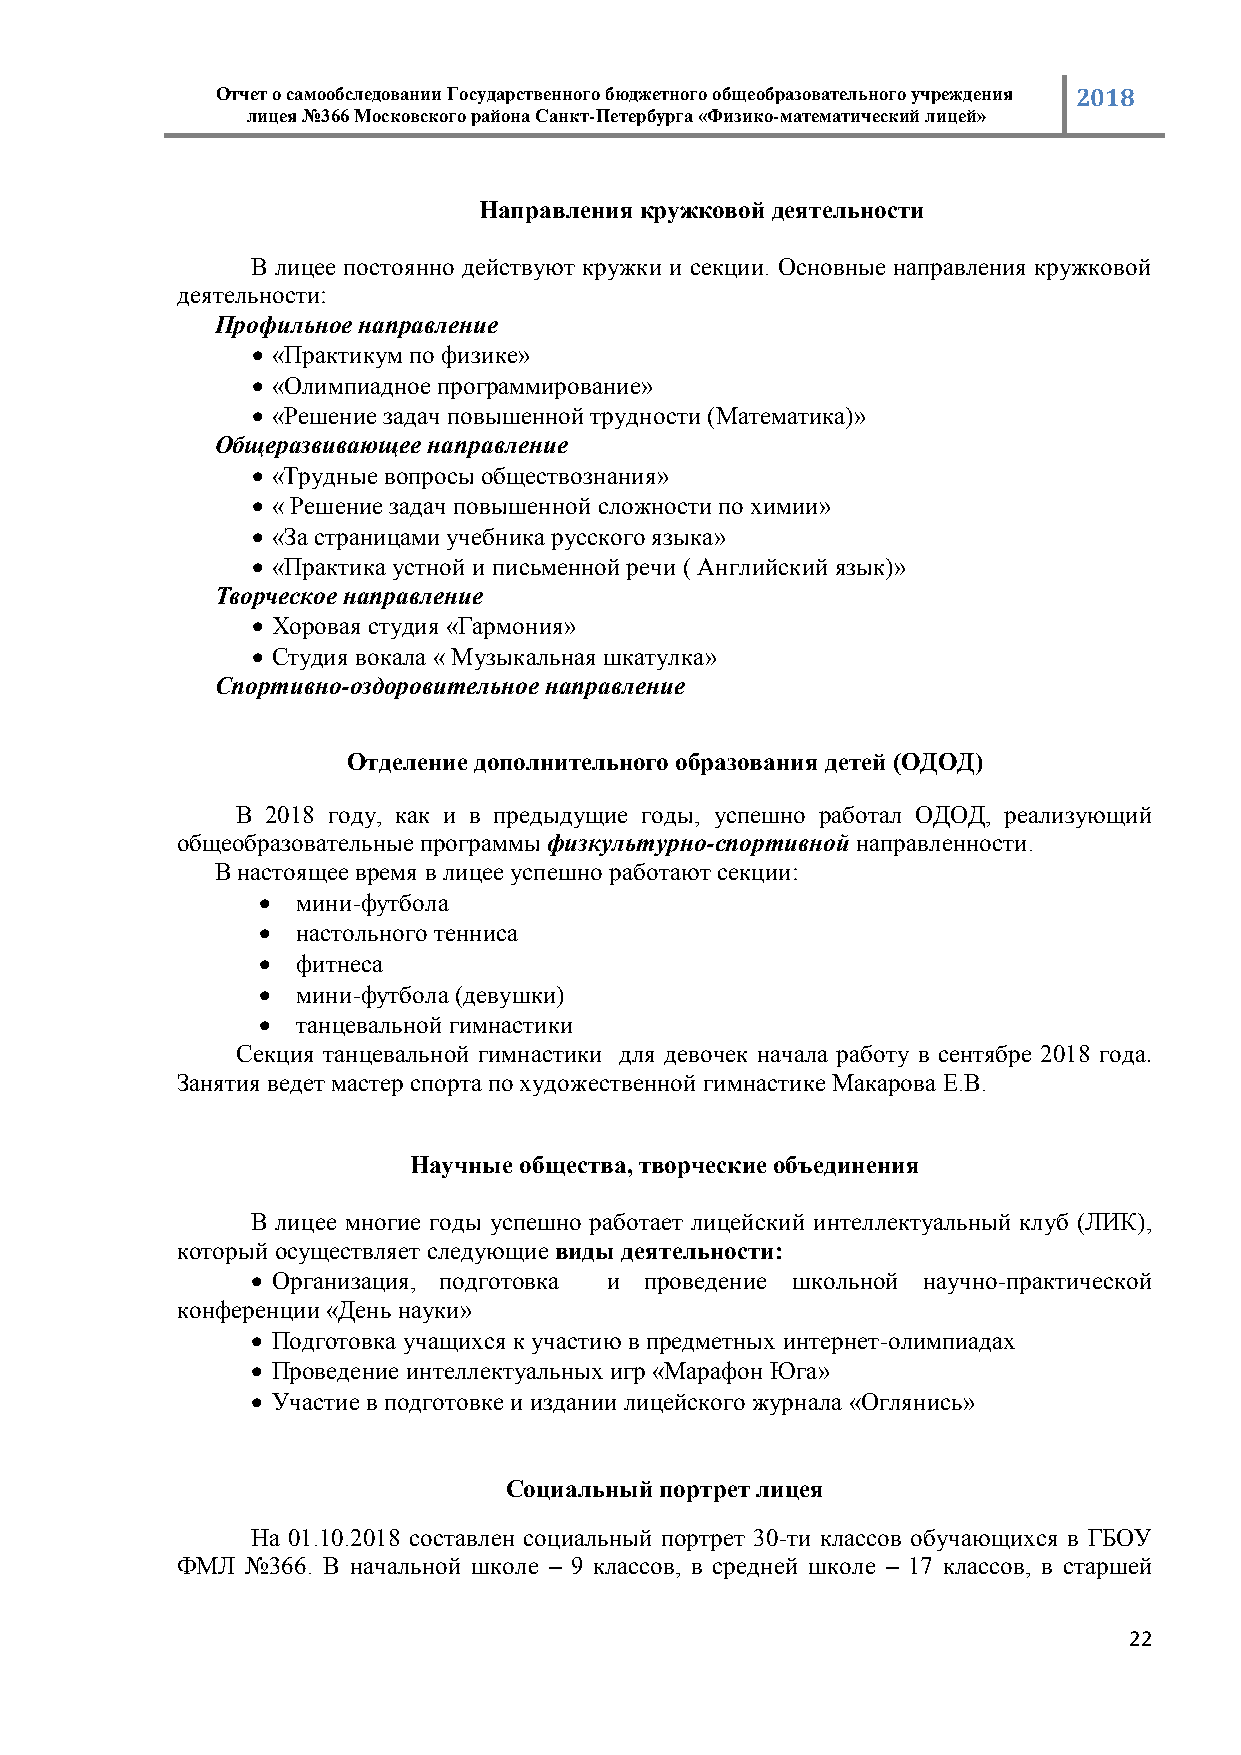
Отчет о самообследовании Государственного бюджетного общеобразовательного учреждения 2018
 лицея №366 Московского района Санкт-Петербурга «Физико-математический лицей»
 Направления кружковой деятельности
 В лицее постоянно действуют кружки и секции. Основные направления кружковой
 деятельности:
 Профильное направление
  «Практикум по физике»
  «Олимпиадное программирование»
  «Решение задач повышенной трудности (Математика)»
 Общеразвивающее направление
  «Трудные вопросы обществознания»
  « Решение задач повышенной сложности по химии»
  «За страницами учебника русского языка»
  «Практика устной и письменной речи ( Английский язык)»
 Творческое направление
  Хоровая студия «Гармония»
  Студия вокала « Музыкальная шкатулка»
 Спортивно-оздоровительное направление
 Отделение дополнительного образования детей (ОДОД)
 В 2018 году, как и в предыдущие годы, успешно работал ОДОД, реализующий
 общеобразовательные программы физкультурно-спортивной направленности.
 В настоящее время в лицее успешно работают секции:
   мини-футбола
   настольного тенниса
   фитнеса
   мини-футбола (девушки)
   танцевальной гимнастики
 Секция танцевальной гимнастики для девочек начала работу в сентябре 2018 года.
 Занятия ведет мастер спорта по художественной гимнастике Макарова Е.В.
 Научные общества, творческие объединения
 В лицее многие годы успешно работает лицейский интеллектуальный клуб (ЛИК),
 который осуществляет следующие виды деятельности:
  Организация, подготовка и проведение школьной научно-практической
 конференции «День науки»
  Подготовка учащихся к участию в предметных интернет-олимпиадах
  Проведение интеллектуальных игр «Марафон Юга»
  Участие в подготовке и издании лицейского журнала «Оглянись»
 Социальный портрет лицея
 На 01.10.2018 составлен социальный портрет 30-ти классов обучающихся в ГБОУ
 ФМЛ №366. В начальной школе – 9 классов, в средней школе – 17 классов, в старшей
 22